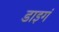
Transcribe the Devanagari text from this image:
डाइगं